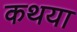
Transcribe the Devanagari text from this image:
कथया